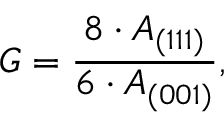
G = \frac { 8 \cdot A _ { ( 1 1 1 ) } } { 6 \cdot A _ { ( 0 0 1 ) } } ,